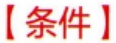
【条件】